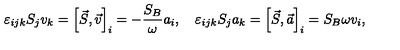
\varepsilon _ { i j k } S _ { j } v _ { k } = \left[ \vec { S } , \vec { v } \right] _ { i } = - \frac { S _ { B } } { \omega } a _ { i } , \quad \varepsilon _ { i j k } S _ { j } a _ { k } = \left[ \vec { S } , \vec { a } \right] _ { i } = { S _ { B } } { \omega } v _ { i } ,